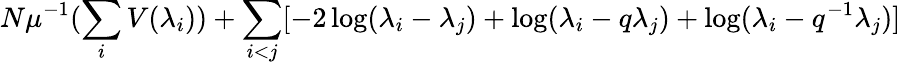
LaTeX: N\mu^{-1}(\sum_{i}V(\lambda_{i}))+\sum_{i<j}[-2\log(\lambda_{i}-\lambda_{j})+\log(\lambda_{i}-q\lambda_{j})+\log(\lambda_{i}-q^{-1}\lambda_{j})]